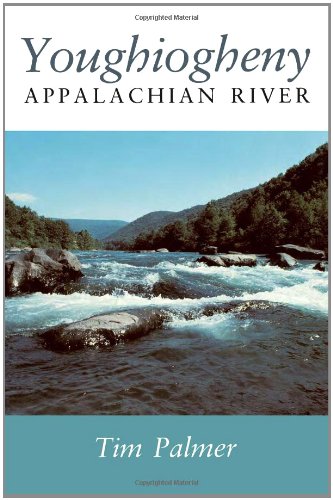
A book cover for Youghiogheny: Appalachian River; Tim Palmer; Sports & Outdoors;